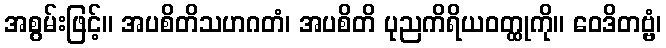
အစွမ်းဖြင့်။ အပစိတိသဟဂတံ၊ အပစိတိ ပုညကိရိယဝတ္ထုကို။ ဝေဒိတဗ္ဗံ၊